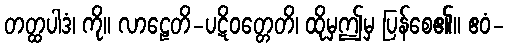
တတ္ထပါဒံ၊ ကို။ လာဠေတိ-ပဋိဝတ္တေတိ၊ ထိုမှဤမှ ပြန်စေ၏။ ဧဝံ-